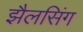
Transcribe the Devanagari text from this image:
झैलसिंग